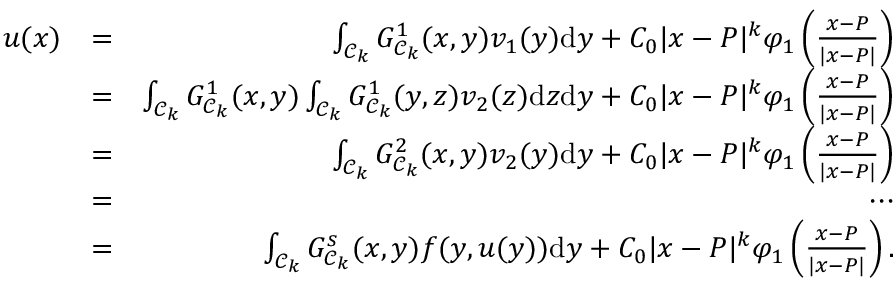
\begin{array} { r l r } { u ( x ) } & { = } & { \int _ { \mathcal { C } _ { k } } G _ { \mathcal { C } _ { k } } ^ { 1 } ( x , y ) v _ { 1 } ( y ) \mathrm { d } y + C _ { 0 } | x - P | ^ { k } \varphi _ { 1 } \left( \frac { x - P } { | x - P | } \right) } \\ & { = } & { \int _ { \mathcal { C } _ { k } } G _ { \mathcal { C } _ { k } } ^ { 1 } ( x , y ) \int _ { \mathcal { C } _ { k } } G _ { \mathcal { C } _ { k } } ^ { 1 } ( y , z ) v _ { 2 } ( z ) \mathrm { d } z \mathrm { d } y + C _ { 0 } | x - P | ^ { k } \varphi _ { 1 } \left( \frac { x - P } { | x - P | } \right) } \\ & { = } & { \int _ { \mathcal { C } _ { k } } G _ { \mathcal { C } _ { k } } ^ { 2 } ( x , y ) v _ { 2 } ( y ) \mathrm { d } y + C _ { 0 } | x - P | ^ { k } \varphi _ { 1 } \left( \frac { x - P } { | x - P | } \right) } \\ & { = } & { \cdots } \\ & { = } & { \int _ { \mathcal { C } _ { k } } G _ { \mathcal { C } _ { k } } ^ { s } ( x , y ) f ( y , u ( y ) ) \mathrm { d } y + C _ { 0 } | x - P | ^ { k } \varphi _ { 1 } \left( \frac { x - P } { | x - P | } \right) . } \end{array}